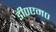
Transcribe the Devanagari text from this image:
डी०एम०